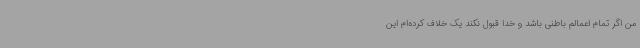
من اگر تمام اعمالم باطنی باشد و خدا قبول نکند یک خلاف کرده‌ام این